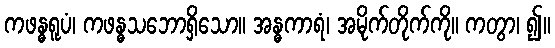
ကဖန္ဓရူပံ၊ ကဖန္ဓသဘောရှိသော။ အန္ဓကာရံ၊ အမိုက်တိုက်ကို။ ကတွာ၊ ၍။